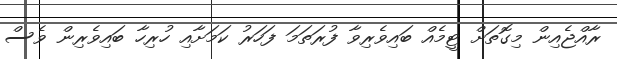
ރާއްޖެއިން މިގޮތަށް ޓީމެއް ބައިވެރިވާ ފުރަތަމަ ފަހަރު ކަމަށާއި ހުރިހާ ބައިވެރިން ވެސް